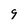
Character: 9